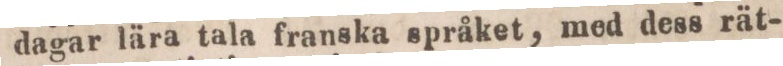
dagar lära tala franska språket, med dess rät-